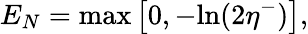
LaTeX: E_{N}=\textup{max}\left[0,-\textup{ln}(2\eta^{-})\right],